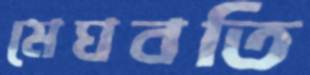
মেঘবতি